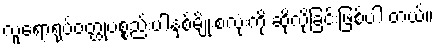
လူရောရုပ်ဝတ္ထုပစ္စည်းပါနှစ်မျိုးစလုံးကို ဆိုလိုခြင်းဖြစ်ပါ တယ်။